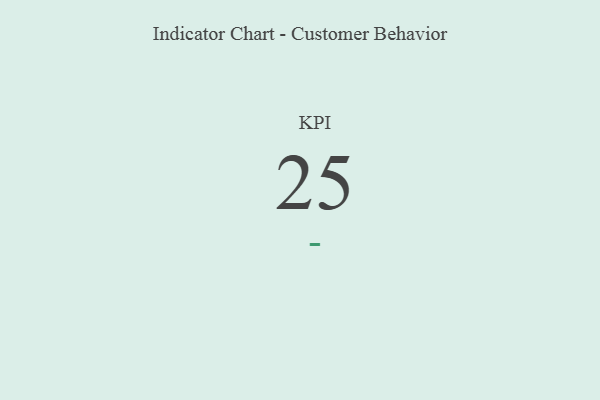
{"axis": {"x": "KPI", "y": "Value"}, "legend": [""], "data": [{"x": "KPI", "y": 25, "type": ""}]}